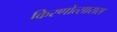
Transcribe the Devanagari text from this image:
किरणोत्सारास